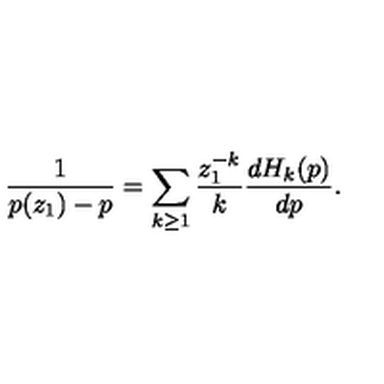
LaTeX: \frac { 1 } { p ( z _ { 1 } ) - p } = \sum _ { k \geq 1 } \frac { z _ { 1 } ^ { - k } } { k } \frac { d H _ { k } ( p ) } { d p } .